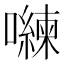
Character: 𭌈